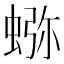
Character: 𰳉